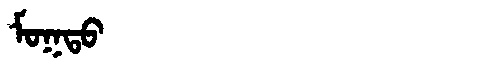
Manchu: ᠮᠣᡴᡨᠣ
Romanization: MOKTO